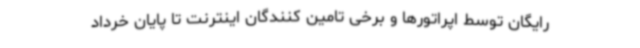
رایگان توسط اپراتورها و برخی تامین کنندگان اینترنت تا پایان خرداد